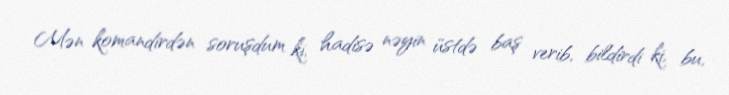
Mən komandirdən soruşdum ki, hadisə nəyin üstdə baş verib, bildirdi ki, bu,